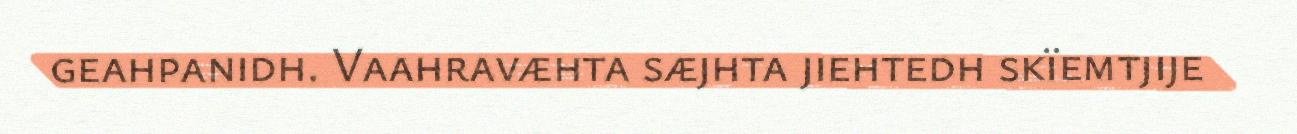
geahpanidh. Vaahravæhta sæjhta jiehtedh skïemtjije